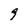
Character: 9